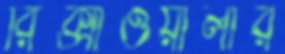
রিক্সাওয়ালার